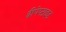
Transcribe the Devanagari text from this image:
द्वीपेप्टाइड